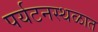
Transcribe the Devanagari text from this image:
पर्यटनस्थळात